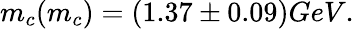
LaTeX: m_{c}(m_{c})=(1.37\pm 0.09)GeV.